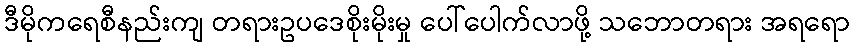
ဒီမိုကရေစီနည်းကျ တရားဥပဒေစိုးမိုးမှု ပေါ်ပေါက်လာဖို့ သဘောတရား အရရော